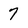
Character: 7